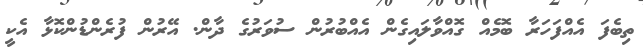
ތިބެފަ އެއްފަހަރާ ބޮމެއް ގޮއްވާލައިގެން އެއްބުރުން ސުވަރުގެ ދާން. އޭރުން ފުރެންޑުންކޮޅާ އެކީ